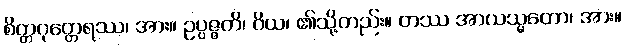
စိတ္တဂုတ္တေရဿ၊ အား။ ဥပ္ပဇ္ဇတိ၊ ဝိယ၊ ၏သို့တည်း။ တဿ အာယသ္မတော၊ အား။